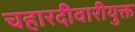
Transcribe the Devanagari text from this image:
चहारदीवारीयुक्त